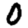
Digit: 0